Civil Veterinary Department Bihar reports 1936-40 - 1936-1940
Year: 1936
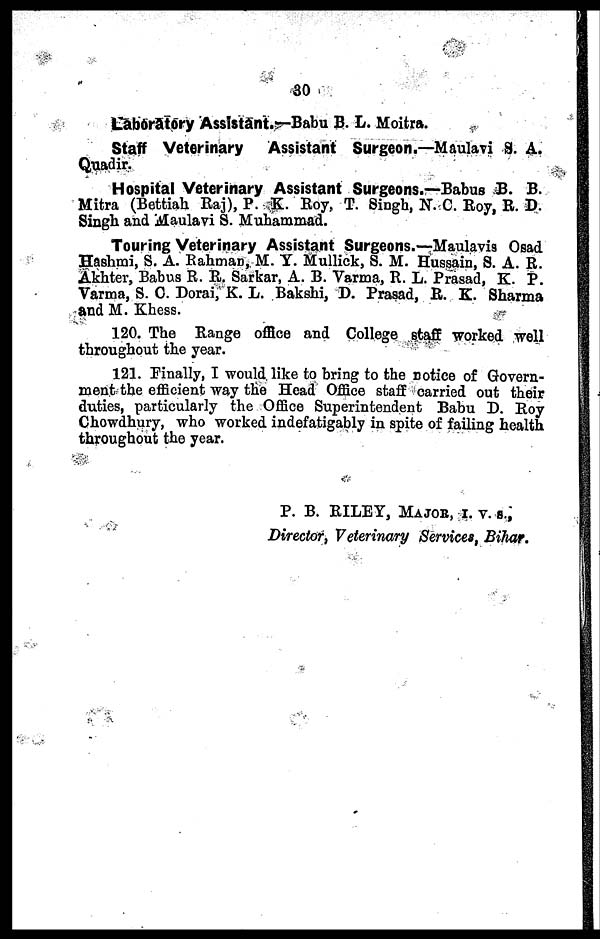
30
Laboratory Assistant.—Babu B. L. Moitra.
Staff Veterinary Assistant Surgeon.—Maulavi S. A.
Quadir.
Hospital Veterinary Assistant Surgeons.—Babus B. B.
Mitra (Bettiah Raj), P. K. Roy, T. Singh, N. C. Roy, R. D.
Singh and Maulavi S. Muhammad.
Touring Veterinary Assistant Surgeons.—Maulavis Osad
Hashmi, S. A. Rahman, M. Y. Mullick, S. M. Hussain, S. A. R.
Akhter, Babus R. R. Sarkar, A. B. Varma, R. L. Prasad, K. P.
Varma, S. C. Dorai, K. L. Bakshi, D. Prasad, R. K. Sharma
and M. Khess.
120. The Range office and College staff worked well
throughout the year.
121. Finally, I would like to bring to the notice of Govern-
ment the efficient way the Head Office staff carried out their
duties, particularly the Office Superintendent Babu D. Roy
Chowdhury, who worked indefatigably in spite of failing health
throughout the year.
P. B. RILEY, Major, i. v. s.,
Director, Veterinary Services, Bihar.